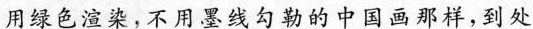
用绿色渲染，不用墨线勾勒的中国画那样，到处